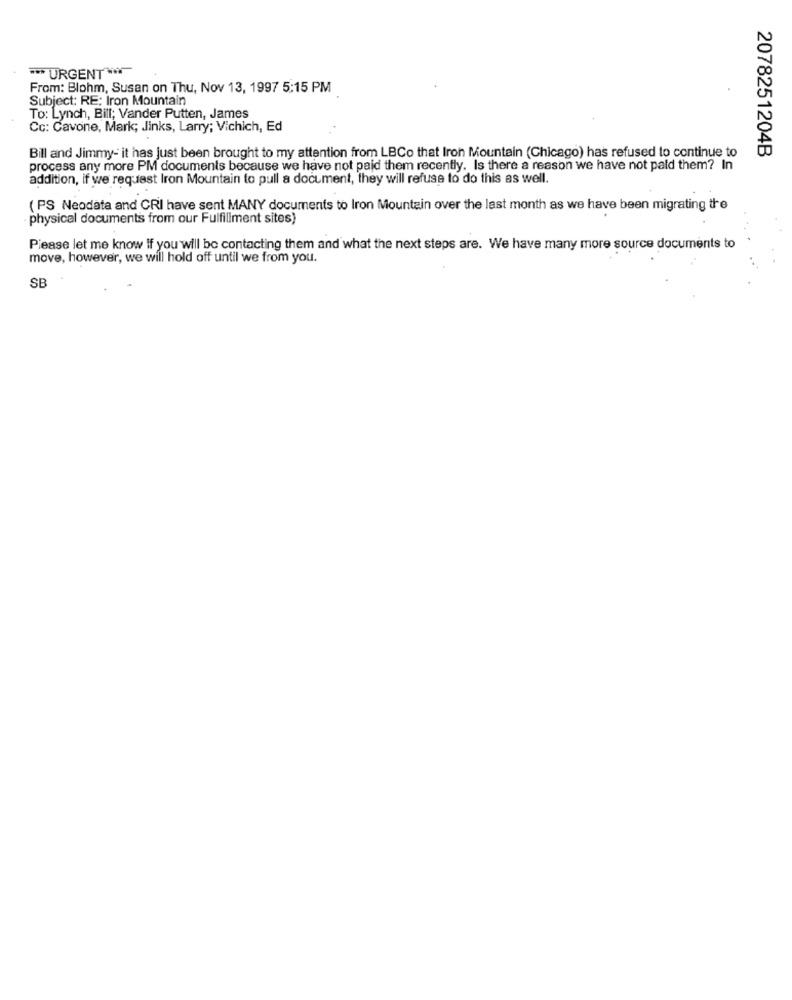
*** URGENT ***
From: Blohm, Susan on Thu, Nov 13, 1997 5:15 PM
Subject: RE: Iron Mountain
To: Lynch, Bill; Vander Putten, James
Cc: Cavone, Mark; Jinks, Larry; Vichich, Ed
2078251204B
Bill and Jimmy- it has just been brought to my attention from LBCo that Iron Mountain (Chicago) has refused to continue to
process any more PM documents because we have not paid them recently. Is there a reason we have not pald them? In
addition, if we request Iron Mountain to pull a document, they will refuse to do this as well.
(PS Neodata and CRI have sent MANY documents to Iron Mountain over the last month as we have been migrating the
physical documents from our Fulfillment sites)
Please let me know if you will be contacting them and what the next steps are. We have many more source documents to
move, however, we will hold off until we from you.
SB